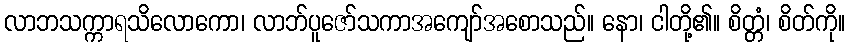
လာဘသက္ကာရသိလောကော၊ လာဘ်ပူဇော်သကာအကျော်အစောသည်။ နော၊ ငါတို့၏။ စိတ္တံ၊ စိတ်ကို။